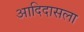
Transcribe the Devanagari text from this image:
आदिदासला